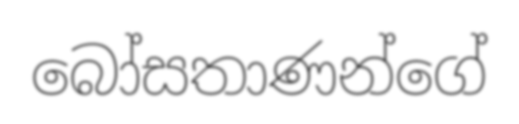
බෝසතාණන්ගේ